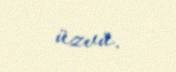
üzvü.